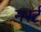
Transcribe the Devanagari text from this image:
नर्स्ट